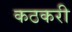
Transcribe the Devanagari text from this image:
कठकरी